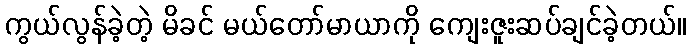
ကွယ်လွန်ခဲ့တဲ့ မိခင် မယ်တော်မာယာကို ကျေးဇူးဆပ်ချင်ခဲ့တယ်။